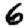
Digit: 6